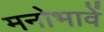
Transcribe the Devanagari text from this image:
मनोभावें